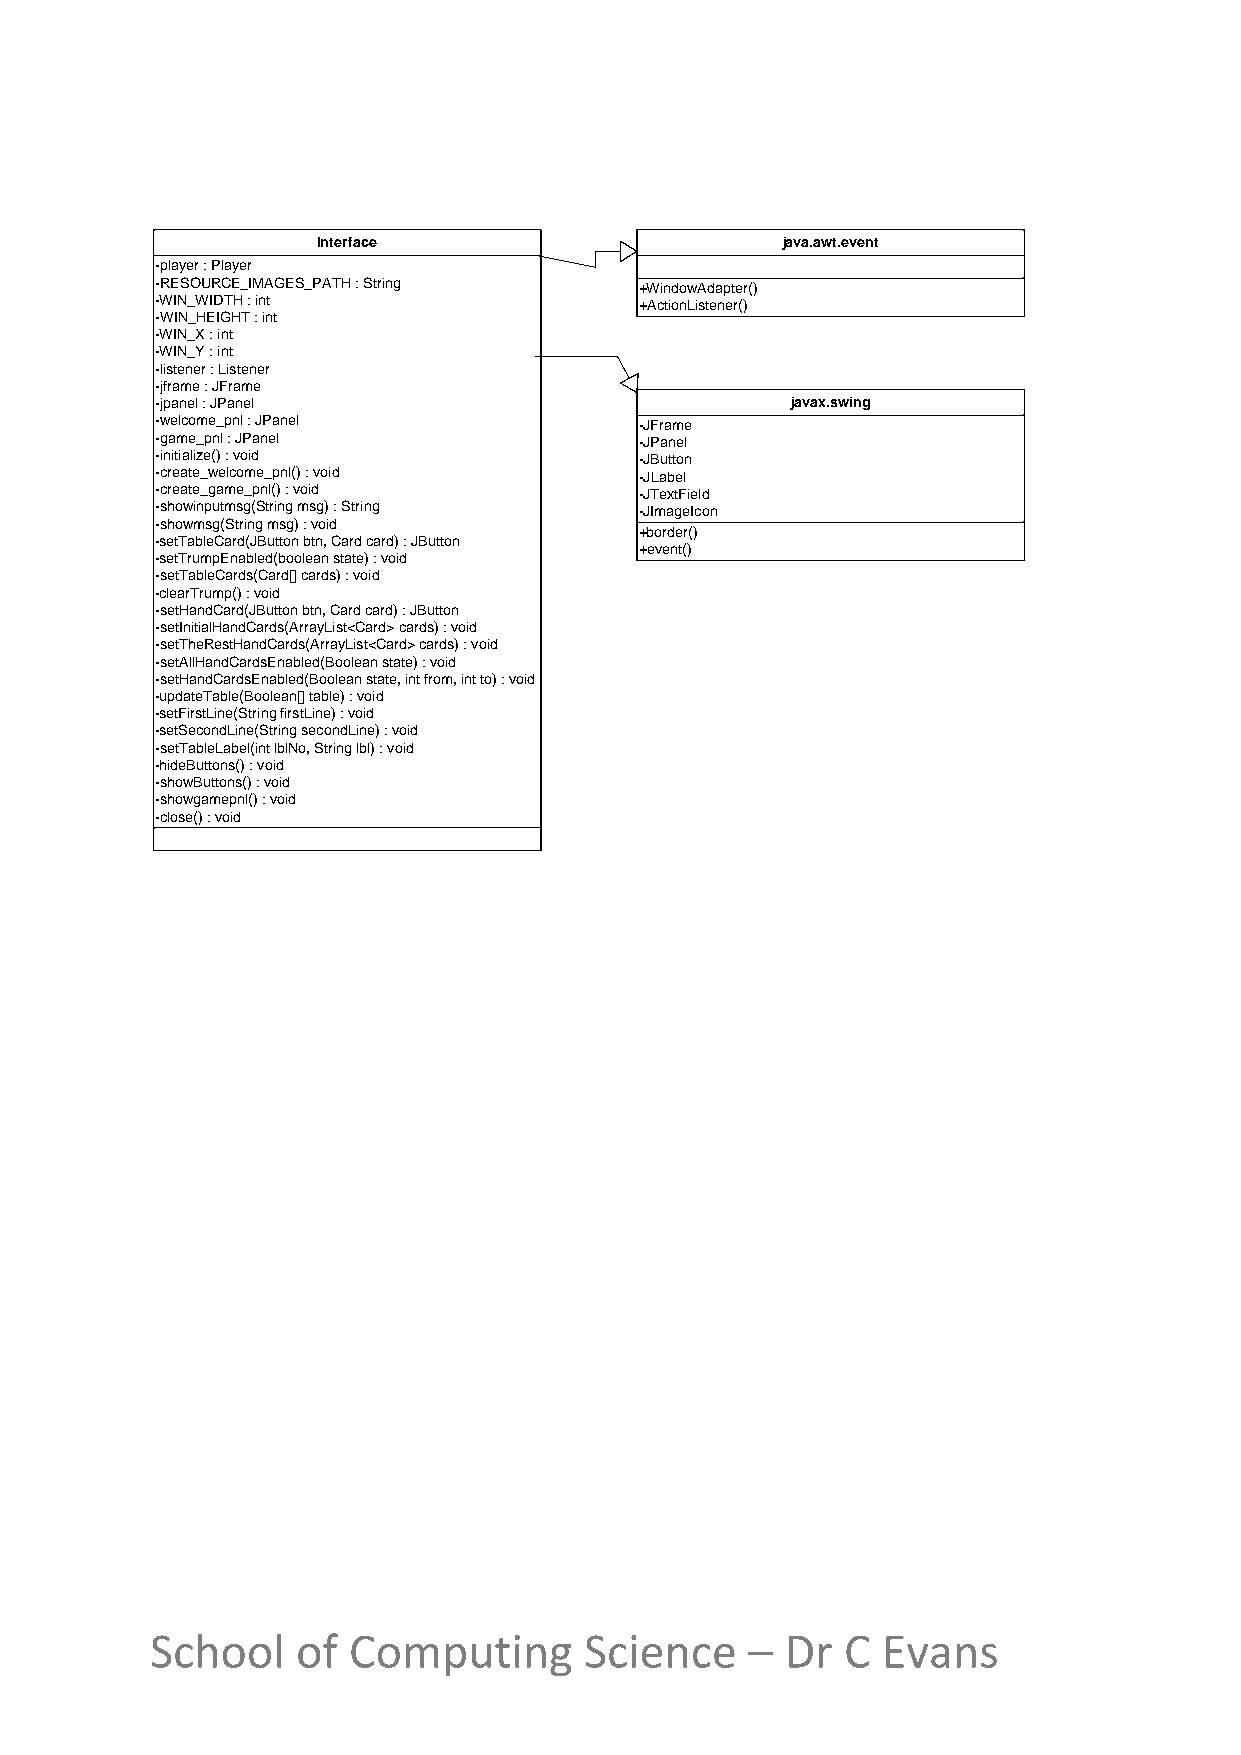
Interface                      java.awt.event
 -player : Player
 -RESOURCE_IMAGES_PATH : String  +WindowAdapter()
 -WIN_WIDTH : int                +ActionListener()
 -WIN_HEIGHT : int
 -WIN_X : int
 -WIN_Y : int
 -listener : Listener
 -jframe : JFrame
 -jpanel : JPanel                          javax.swing
 -welcome_pnl : JPanel           -JFrame
 -game_pnl : JPanel              -JPanel
 -initialize() : void            -JButton
 -create_welcome_pnl() : void    -JLabel
 -create_game_pnl() : void       -JTextField
 -showinputmsg(String msg) : String -JImageIcon
 -showmsg(String msg) : void
 +border()
 -setTableCard(JButton btn, Card card) : JButton
 +event()
 -setTrumpEnabled(boolean state) : void
 -setTableCards(Card[] cards) : void
 -clearTrump() : void
 -setHandCard(JButton btn, Card card) : JButton
 -setInitialHandCards(ArrayList<Card> cards) : void
 -setTheRestHandCards(ArrayList<Card> cards) : void
 -setAllHandCardsEnabled(Boolean state) : void
 -setHandCardsEnabled(Boolean state, int from, int to) : void
 -updateTable(Boolean[] table) : void
 -setFirstLine(String firstLine) : void
 -setSecondLine(String secondLine) : void
 -setTableLabel(int lblNo, String lbl) : void
 -hideButtons() : void
 -showButtons() : void
 -showgamepnl() : void
 -close() : void
 School    of Computing       Science   –  Dr  C Evans